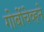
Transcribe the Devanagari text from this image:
गोर्बोचेव्हने